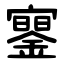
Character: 䥌